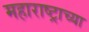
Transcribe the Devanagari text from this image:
महाराष्‍ट्राच्या